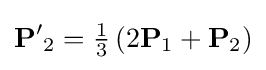
\mathbf {P'} _{2}={\tfrac {1}{3}}\left(2\mathbf {P} _{1}+\mathbf {P} _{2}\right)